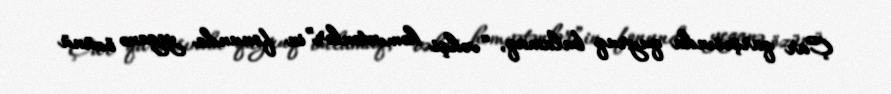
Çar qarşısında quyruq bulamaq, “vəhşi həmvətənlər”in fonunda yeganə özünü